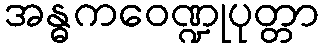
အန္ဓကဝေဏ္ဍုပုတ္တာ